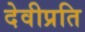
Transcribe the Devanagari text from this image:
देवीप्रति